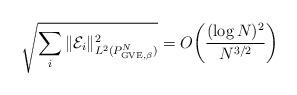
LaTeX: \begin{align*}\sqrt{\sum_{i}\|\mathcal E_i\|^2_{L^2(P^N_{\rm GVE,\beta})} }=O\biggl(\frac{(\log N)^2}{N^{3/2}}\biggr)\end{align*}